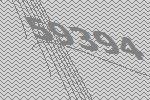
59394